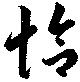
恰